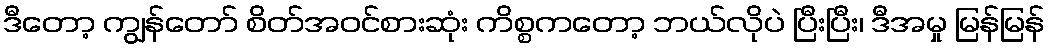
ဒီတော့ ကျွန်တော် စိတ်အဝင်စားဆုံး ကိစ္စကတော့ ဘယ်လိုပဲ ပြီးပြီး၊ ဒီအမှု မြန်မြန်